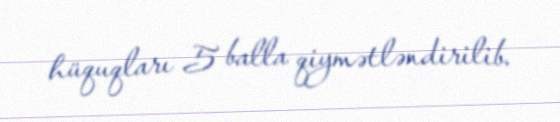
hüquqları 5 balla qiymətləndirilib.